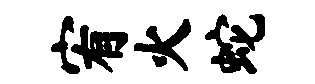
宥火蛇